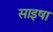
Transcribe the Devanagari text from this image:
साइषा